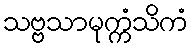
သဗ္ဗသာမုက္ကံသိကံ